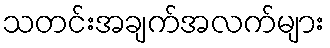
သတင်းအချက်အလက်များ